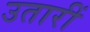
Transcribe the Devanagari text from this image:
उतारीं